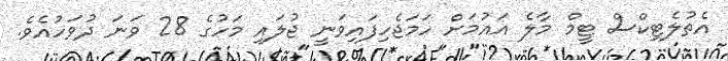
އެތުލެޓިކްސް ޓީމް މާލެ އައުމަށް ހަމަޖެހިފައިވަނީ ޖުލައި މަހުގެ 28 ވަނަ ދުވަހުއެވެ.